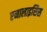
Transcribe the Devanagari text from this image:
एनालाइसिस